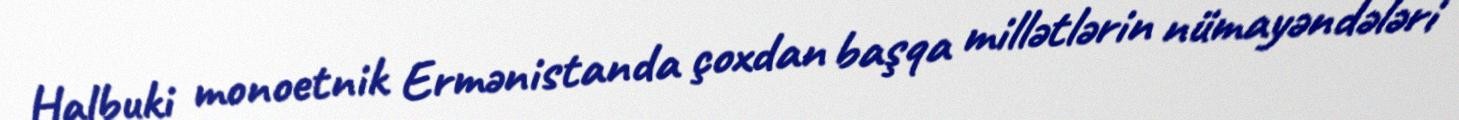
Halbuki monoetnik Ermənistanda çoxdan başqa millətlərin nümayəndələri